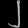
Digit: ၂